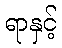
ရာနှင့်